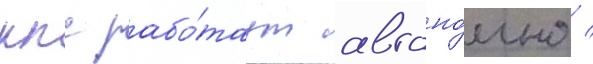
ккс рабо́таут автоно́мно /